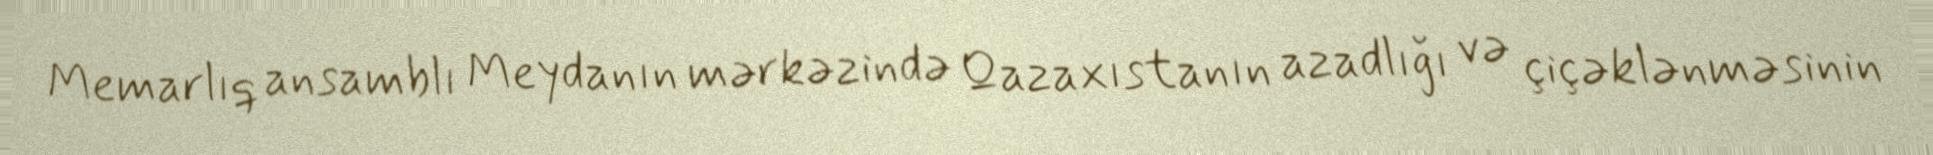
Memarlıq ansamblı Meydanın mərkəzində Qazaxıstanın azadlığı və çiçəklənməsinin